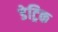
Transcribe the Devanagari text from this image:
डेट्रिक